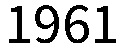
1961